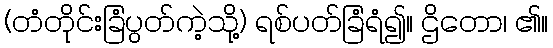
(တံတိုင်းခြံပွတ်ကဲ့သို့) ရစ်ပတ်ခြံရံ၍။ ဌိတော၊ ၏။